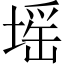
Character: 𡏟